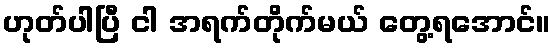
ဟုတ်ပါပြီ ငါ အရက်တိုက်မယ် တွေ့ရအောင်။